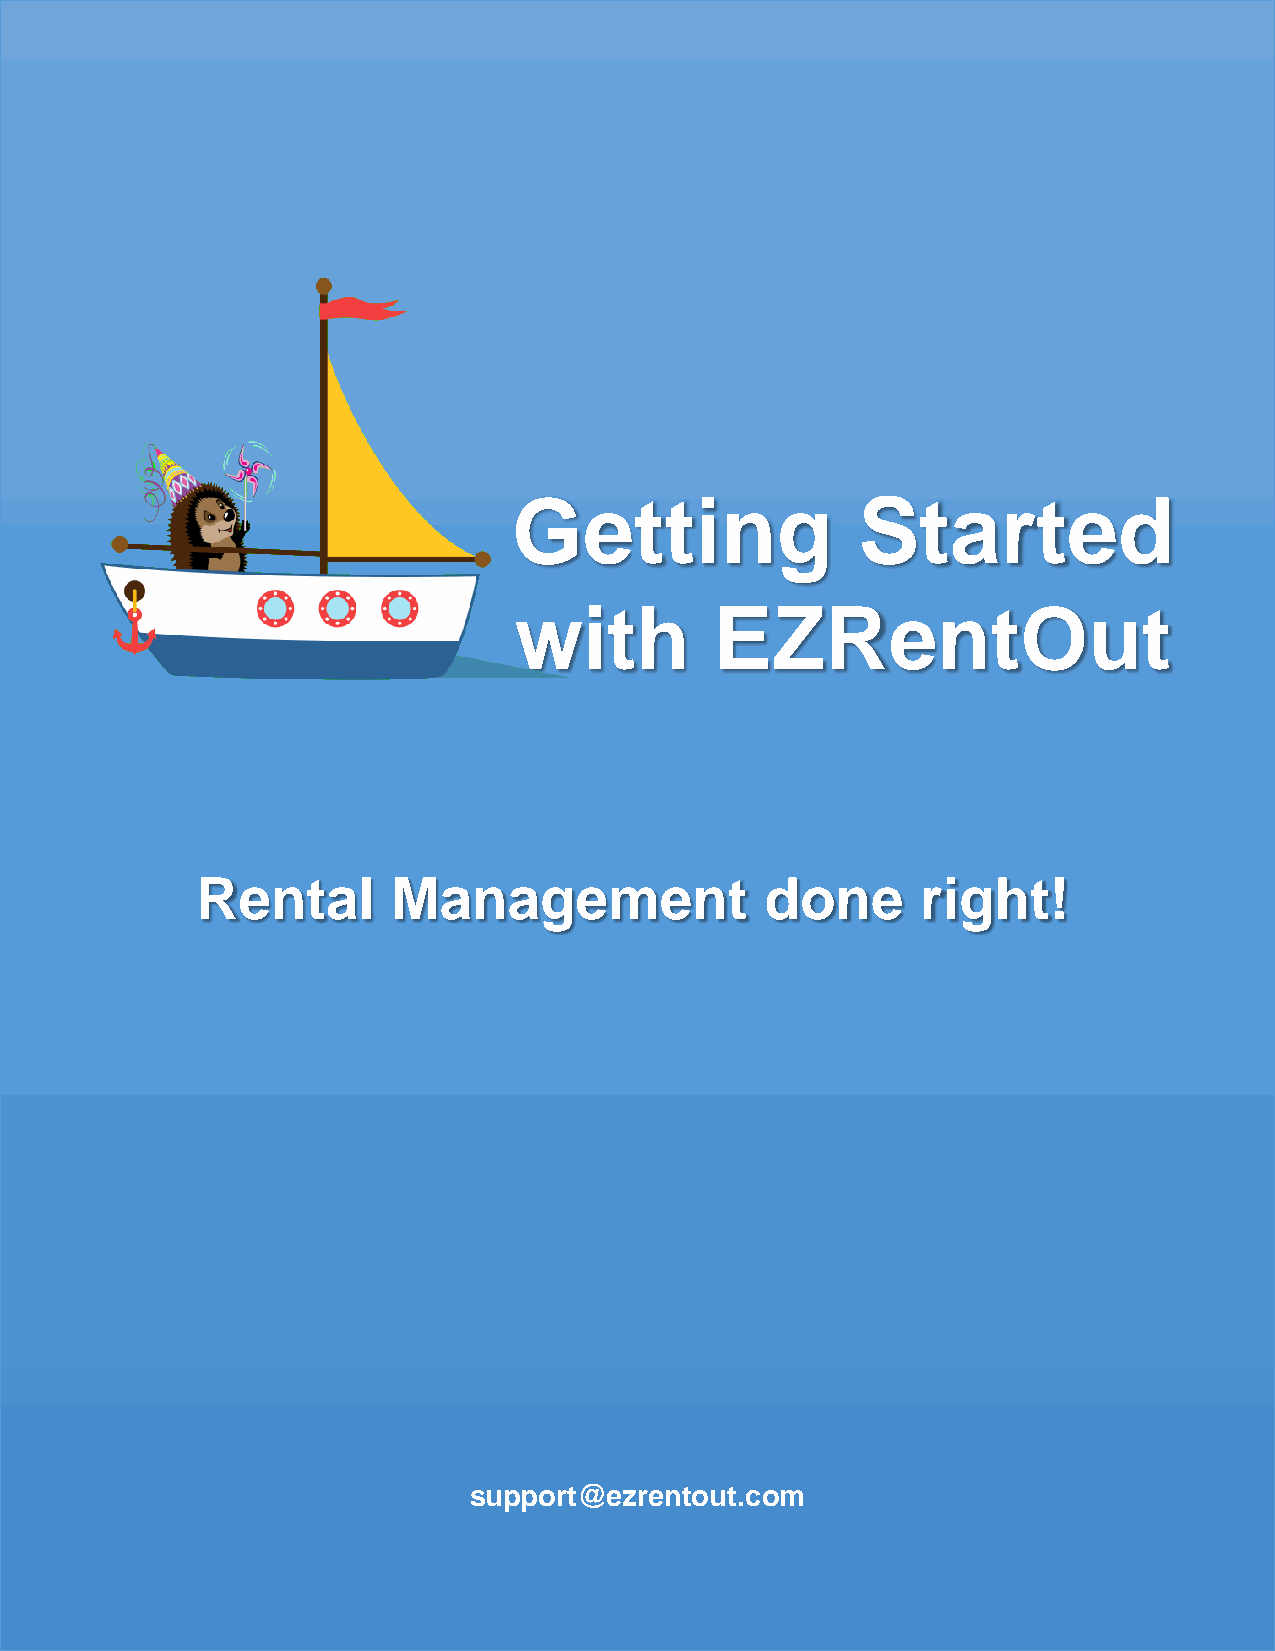
Getting                Started
 with         EZRentOut
 Rental       Management               done      right!
 support@ezrentout.com